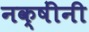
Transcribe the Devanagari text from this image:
नक्षींनी